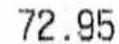
72.95